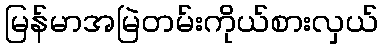
မြန်မာအမြဲတမ်းကိုယ်စားလှယ်